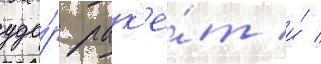
уда́р рак'е́т и́ /